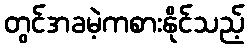
တွင်အခမဲ့ကစားနိုင်သည့်